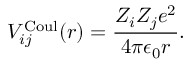
V _ { i j } ^ { \mathrm { C o u l } } ( r ) = \frac { Z _ { i } Z _ { j } e ^ { 2 } } { 4 \pi \epsilon _ { 0 } r } .